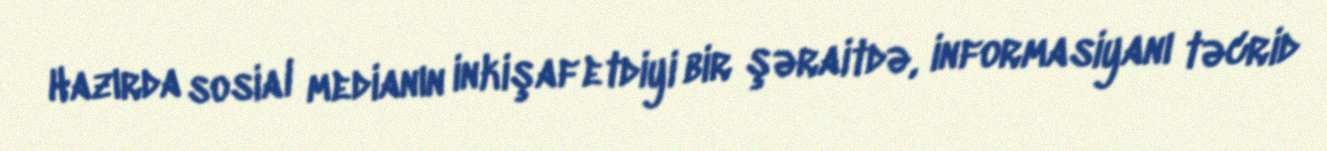
Hazırda sosial medianın inkişaf etdiyi bir şəraitdə, informasiyanı təcrid